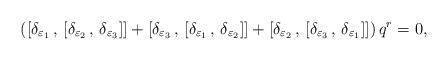
LaTeX: \begin{align*}\left( [ \delta_{\varepsilon_1}\,,\,[ \delta_{\varepsilon_2}\,,\,\delta_{\varepsilon_3} ] ] + [ \delta_{\varepsilon_3}\,,\,[\delta_{\varepsilon_1}\,,\,\delta_{\varepsilon_2} ] ]+ [ \delta_{\varepsilon_2}\,,\,[ \delta_{\varepsilon_3}\,,\,\delta_{\varepsilon_1} ] ] \right) q^r = 0 ,\end{align*}